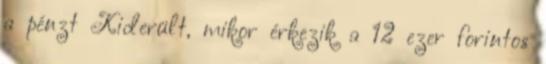
a pénzt Kiderült, mikor érkezik a 12 ezer forintos